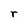
Character: r